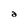
Character: a